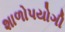
શાળોપયોગી